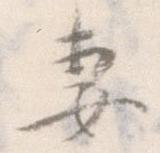
妻